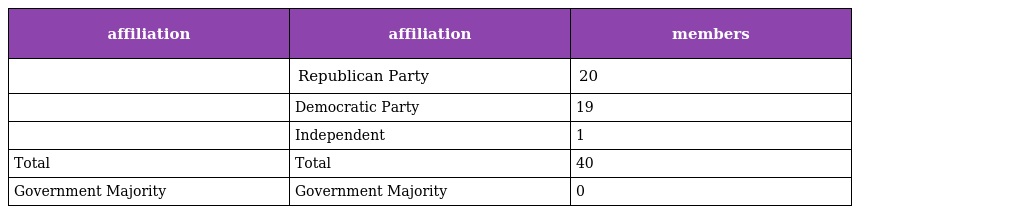
| affiliation | affiliation | members |
 | --- | --- | --- |
 |  | Republican Party | 20 |
 |  | Democratic Party | 19 |
 |  | Independent | 1 |
 | Total | Total | 40 |
 | Government Majority | Government Majority | 0 |